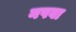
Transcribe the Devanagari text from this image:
नपवा